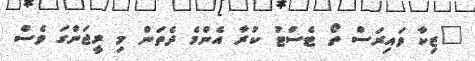
"ޒިކާ ވައިރަސް ތޯ ޓެސްޓު ކުރާ އެންމެ ދެތަން މި ރީޖަންގަ ވެސް